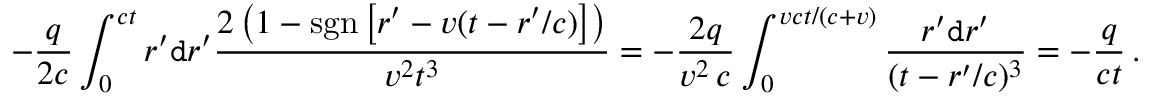
- \frac { q } { 2 c } \int _ { 0 } ^ { c t } r ^ { \prime } \mathtt { d } r ^ { \prime } \frac { 2 \left( 1 - \mathrm { s g n } \left[ r ^ { \prime } - v ( t - r ^ { \prime } / c ) \right] \right) } { v ^ { 2 } t ^ { 3 } } = - \frac { 2 q } { v ^ { 2 } \, c } \int _ { 0 } ^ { v c t / ( c + v ) } \frac { r ^ { \prime } \mathtt { d } r ^ { \prime } } { ( t - r ^ { \prime } / c ) ^ { 3 } } = - \frac { q } { c t } \, .